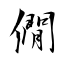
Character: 僩